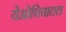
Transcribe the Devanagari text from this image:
येओचिवातल